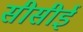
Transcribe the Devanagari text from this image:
सीसीई